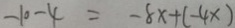
- 1 0 - 4 = - 8 x + ( - 4 x )